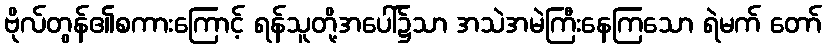
ဗိုလ်တွန်၏စကားကြောင့် ရန်သူတို့အပေါ်၌သာ အသဲအမဲကြီးနေကြသော ရဲမက် တော်